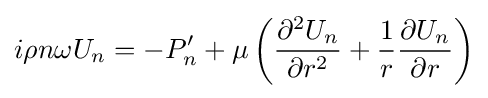
i\rho n\omega U_{n}=-P'_{n}+\mu \left({\frac {\partial ^{2}U_{n}}{\partial r^{2}}}+{\frac {1}{r}}{\frac {\partial U_{n}}{\partial r}}\right)